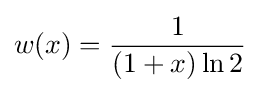
w(x)={\frac {1}{\left(1+x\right)\ln 2}}